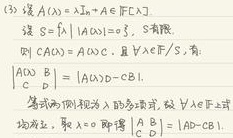
(3) 设 \(A(\lambda)=\lambda I_n + A\in\mathbb{F}[\lambda]\)
设 \(S = \{X\in\mathbb{F}^{n\times n}|\det(X)=0\}\), \(S\) 有限.
则 \(A(\lambda)\) 可逆, 且 \(\forall X\in\mathbb{F}^{n\times n}/S\), 有:
\(\left|\begin{array}{cc}A(\lambda)&0\\0&X\end{array}\right|=\left|\begin{array}{cc}A(\lambda)&0\\0&X\end{array}\right|\)
考虑两侧视为 \(\lambda\) 的多项式, 故 \(\forall X\in\mathbb{F}^{n\times n}\)
均成立, 取 \(\lambda = 0\) 即得 \(\left|\begin{array}{cc}A&B\\C&D\end{array}\right|=|AD - CB|\)